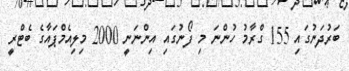
ބަރުދަނުގައި 155 ގްރާމު ހުންނަ މި ފޯނުގައި އިންނަނީ 2000 މިލިއެމްޕައާގެ ބެޓްރީ